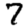
Digit: 7